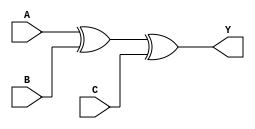
module XOR3 (
	input A, B, C,
	output Y
);
	assign Y = A ^ B ^ C;
endmodule